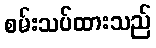
စမ်းသပ်ထားသည်